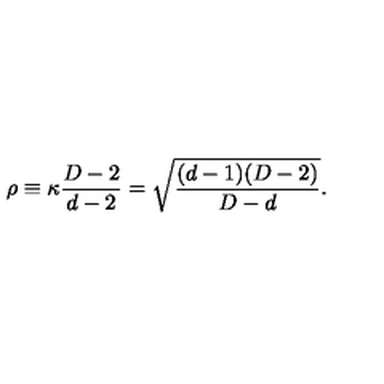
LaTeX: \rho \equiv \kappa { \frac { D - 2 } { d - 2 } } = \sqrt { \frac { ( d - 1 ) ( D - 2 ) } { D - d } } .